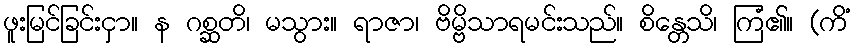
ဖူးမြင်ခြင်းငှာ။ န ဂစ္ဆတိ၊ မသွား။ ရာဇာ၊ ဗိမ္ဗိသာရမင်းသည်။ စိန္တေသိ၊ ကြံ၏။ (ကိံ